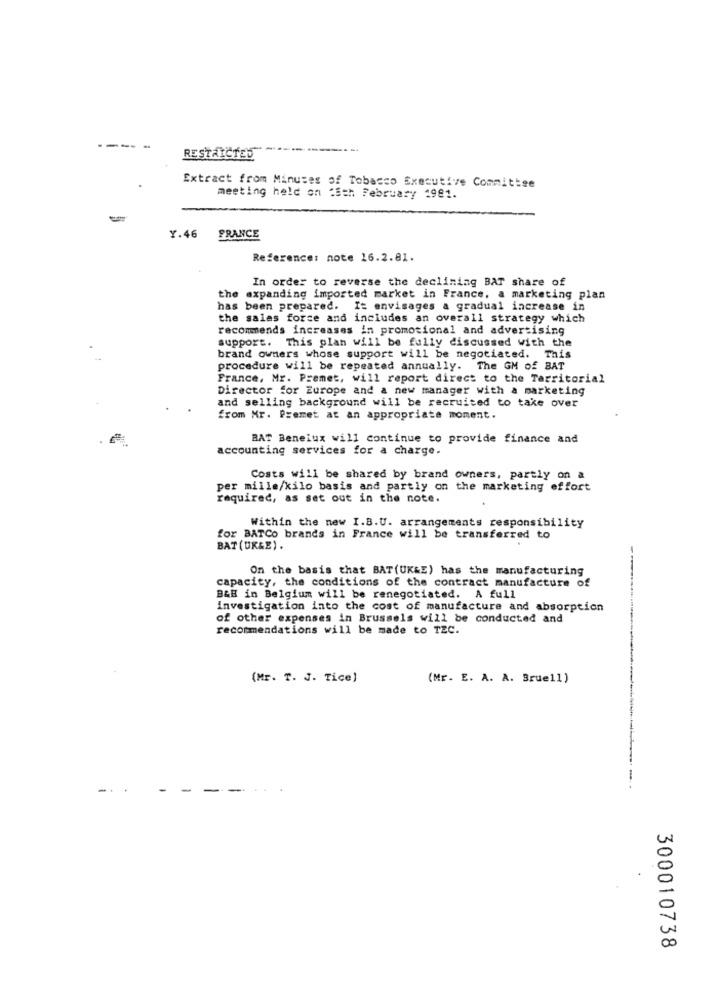
----
RESTRICTED
Extract from Minuses of Tobacco Executive Committee
meeting held on :Sth February 1981.
-
Y.46
FRANCE
Reference: note 16.2.81.
In order to reverse the declining BAT share of
the expanding imported market in France, a marketing plan
has been prepared. It envisages a gradual increase in
the sales force and includes an overall strategy which
recommends increases in promotional and advertising
support. This plan will be fully discussed with the
brand owners whose support will be negotiated. This
procedure will be repeated annually. The GM of BAT
France, Mr. Premet, will report direct to the Territorial
Director for Europe and a new manager with a marketing
and selling background will be recruited to take over
from Mr. Premet at an appropriate moment.
BAT Benelux will continue to provide finance and
accounting services for a charge.
Costs will be shared by brand owners, partly on a
per mille/kilo basis and partly on the marketing effort
required, as set out in the note.
Within the new I.B.U. arrangements responsibility
for BATCo brands in France will be transferred to
BAT (UK&E).
On the basis that BAT(UK&E) has the manufacturing
capacity, the conditions of the contract manufacture of
B&B in Belgium will be renegotiated. A full
Investigation into the cost of manufacture and absorption
of other expenses in Brussels will be conducted and
recommendations will be made to TEC.
(Mr. T. J. Tice)
(Mr. E. A. A. Brue11)
-.
300010738